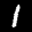
Label: 1